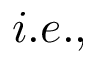
i . e . ,